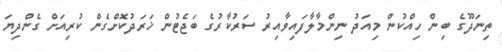
ތިނަދޫގެ ބިން ހިއްކުން މިއަދު ނިންމާލާފައިވާއިރު ސަރުކާރުގެ ބަޖެޓުން ޚަރަދުކޮށްގެން ކުރިއަށް ގެންދިޔަ